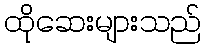
ထိုဆေးများသည်